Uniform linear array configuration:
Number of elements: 8
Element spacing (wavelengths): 0.25
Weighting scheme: hamming
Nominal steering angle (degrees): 0
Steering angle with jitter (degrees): -0.727
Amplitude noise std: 0.05
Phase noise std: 0.05

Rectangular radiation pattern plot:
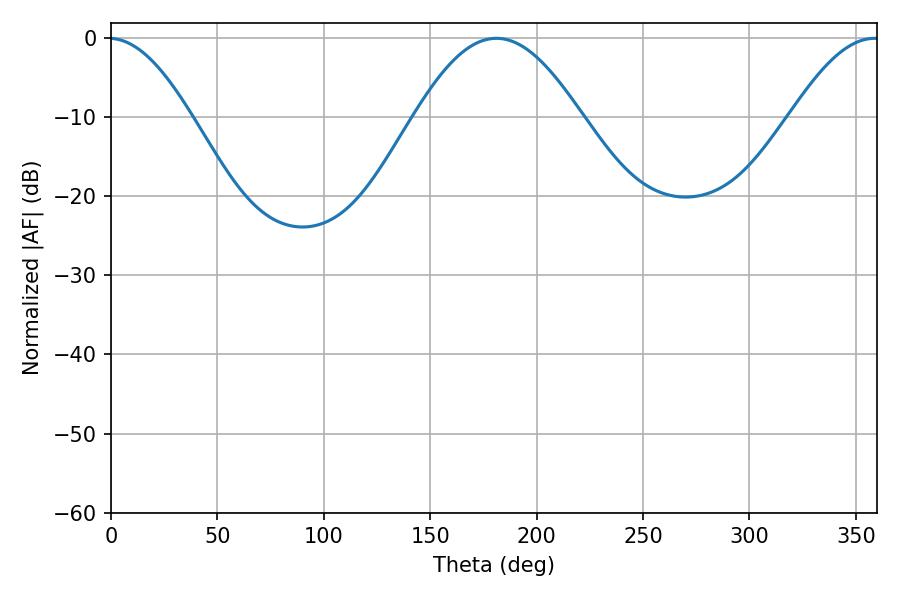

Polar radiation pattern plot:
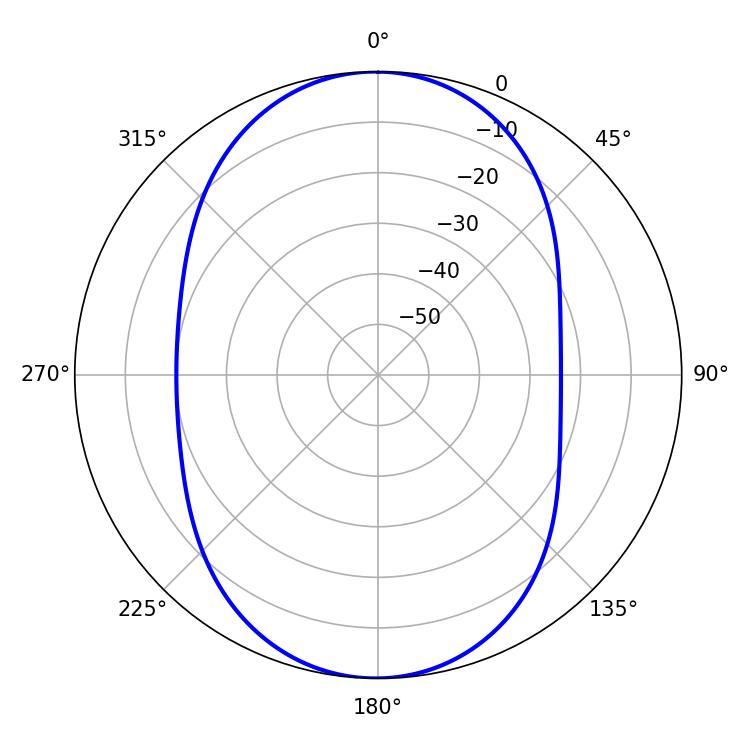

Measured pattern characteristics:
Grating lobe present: FALSE
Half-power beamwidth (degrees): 42.12
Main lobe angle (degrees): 181.08